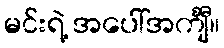
မင်းရဲ့ အပေါ်အင်္ကျီ။